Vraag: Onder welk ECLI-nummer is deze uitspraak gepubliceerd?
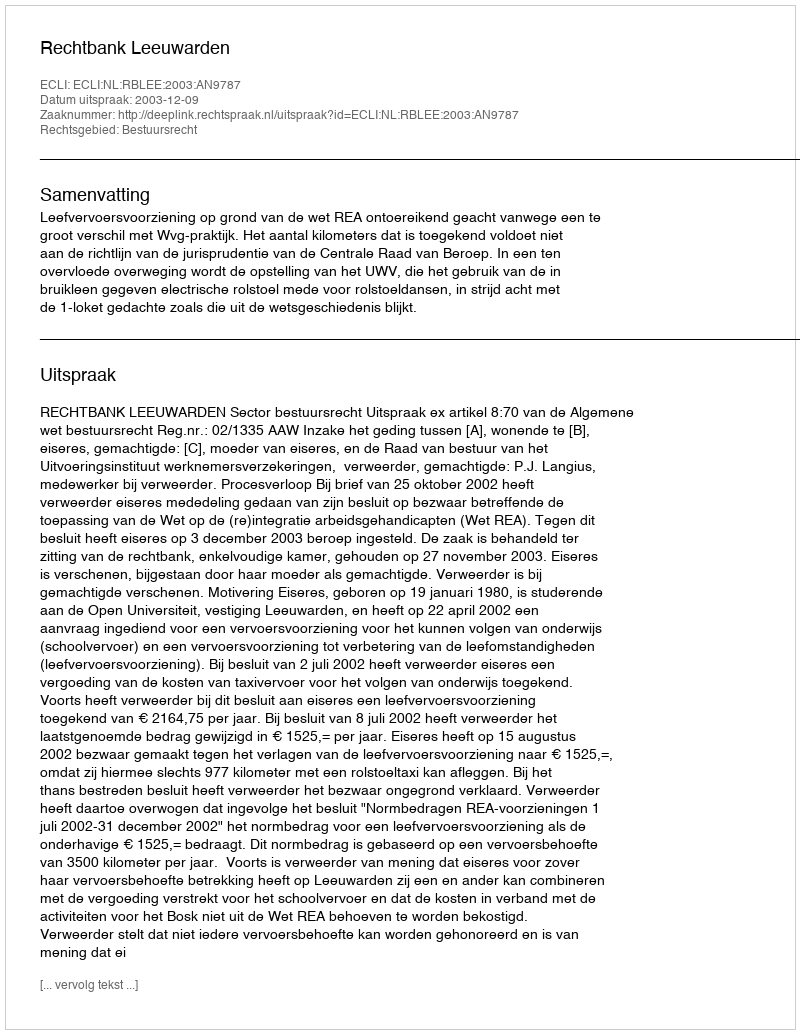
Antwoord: ECLI:NL:RBLEE:2003:AN9787